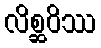
လိစ္ဆဝိဿ